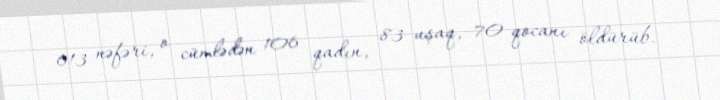
613 nəfəri, o cümlədən 106 qadın, 83 uşaq, 70 qocanı öldürüb.